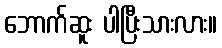
ဘောက်ဆူး ပါပြီးသားလား။